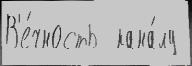
В'е́чность  кана́лу